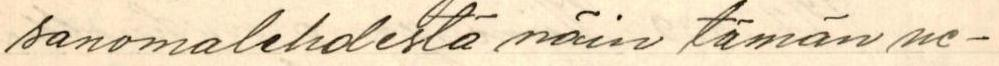
sanomalehdestä näin tämän ne-